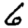
Digit: 6